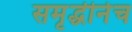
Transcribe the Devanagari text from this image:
समृद्धीनेच